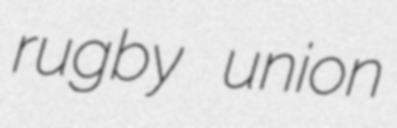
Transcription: rugby union